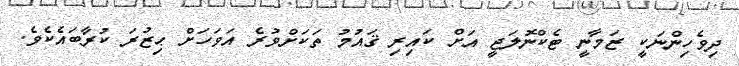
ދިވެހިންނަކީ ޒަމާނީ ޓެކްނޮލަޖީ އަށް ކައިރި ޤައުމު ތަކަށްވުރެ އަވަހަށް ޙިޒުރަ ކުރާބައެކެވެ.